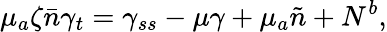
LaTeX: \mu_{a}\zeta\bar{n}\gamma_{t}=\gamma_{ss}-\mu\gamma+\mu_{a}\tilde{n}+N^{b},